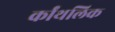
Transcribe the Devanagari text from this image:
र्कांथलिक